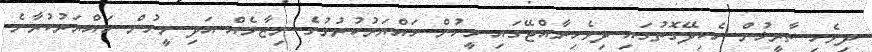
ދިވެހި ތާރީޚުން ހެކިދޭގޮތުގައި ދިވެހިރާއްޖޭގައި މީހުން ހައްޔަރުކުރުމުގެ ނިޒާމެއް އަދި މީހުން ހައްޔަރުކުރާނެ